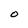
Character: O